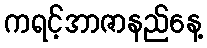
ကရင့်အာဇာနည်နေ့